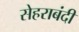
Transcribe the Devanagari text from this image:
सेहराबंदी